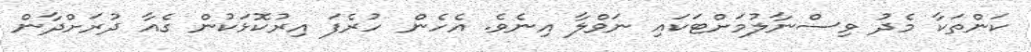
ކަންތަކާ މެދު ވިސްނާލުމަށްޓަކައި ނަވްލާ އިނެވެ. އެހެން ހުރެފަ އިރުކޮޅަކުން ގެއާ ދުރަށްދާން